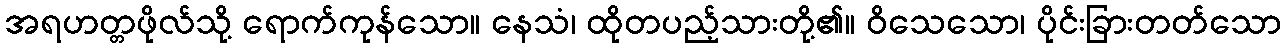
အရဟတ္တဖိုလ်သို့ ရောက်ကုန်သော။ နေသံ၊ ထိုတပည့်သားတို့၏။ ဝိသေသော၊ ပိုင်းခြားတတ်သော